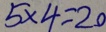
5 \times 4 = 2 0